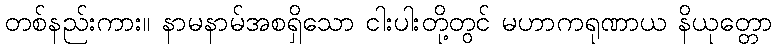
တစ်နည်းကား။ နာမနာမ်အစရှိသော ငါးပါးတို့တွင် မဟာကရုဏာယ နိယုတ္တော